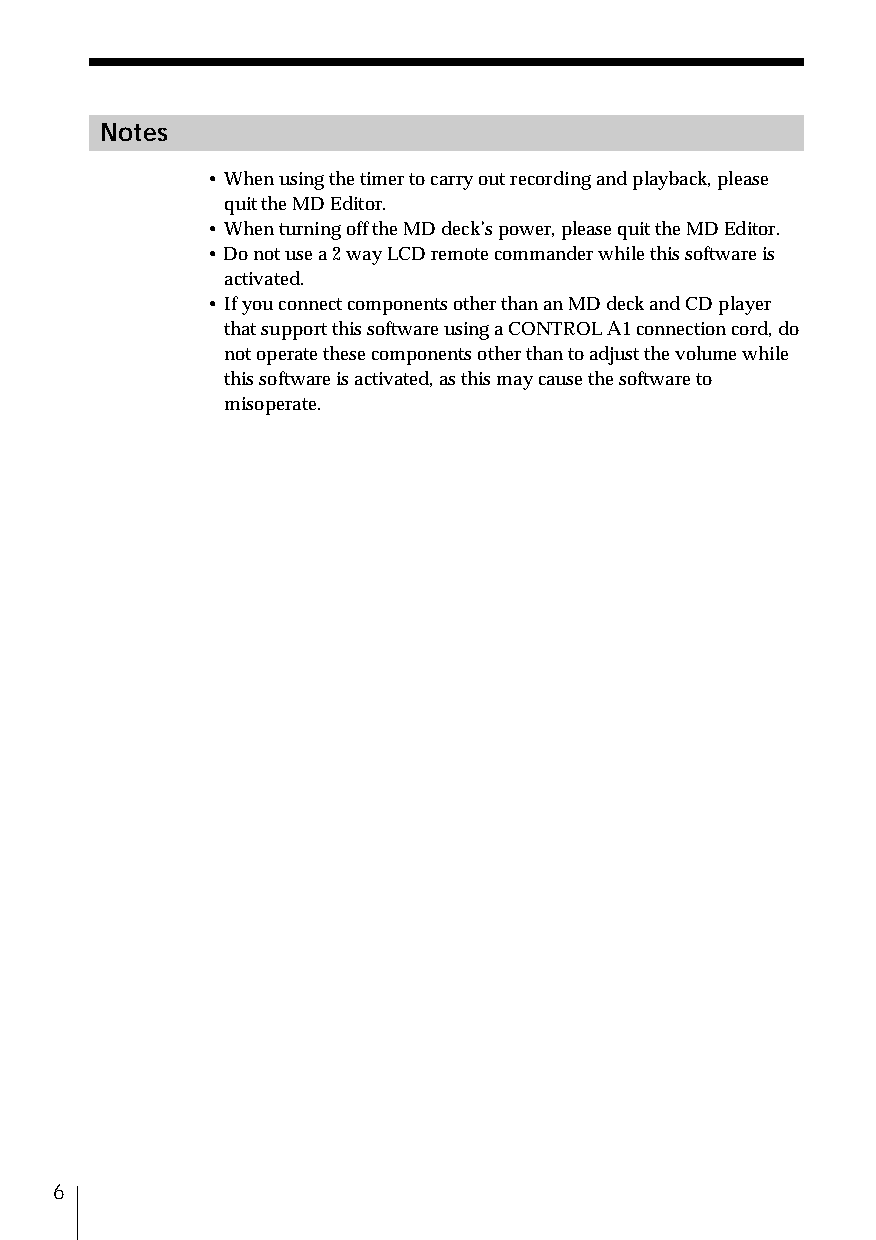
Notes
 • When using the timer to carry out recording and playback, please
 quit the MD Editor.
 • When turning off the MD deck’s power, please quit the MD Editor.
 • Do not use a 2 way LCD remote commander while this software is
 activated.
 • If you connect components other than an MD deck and CD player
 that support this software using a CONTROL A1 connection cord, do
 not operate these components other than to adjust the volume while
 this software is activated, as this may cause the software to
 misoperate.
 6